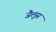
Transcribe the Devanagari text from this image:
जैलूस